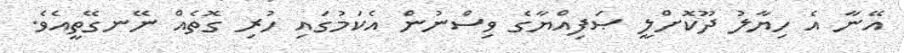
އޭނާ އެ ހިޔާލު ދޫކޮށްލީ ޞަފިއްޔާގެ ވިސްނުން އެކަމުގައި ހުރި ގޮތެއް ނޭނގޭތީއެވެ.